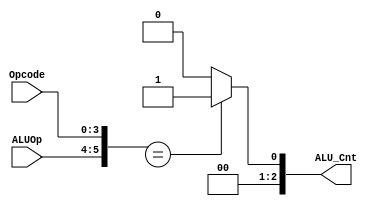
module alu_control(
    output reg [2:0] ALU_Cnt,
    input [1:0] ALUOp,
    input [3:0] Opcode
);
    wire [5:0] ALUControlIn;
    assign ALUControlIn = {ALUOp, Opcode};

    always @(ALUControlIn) begin
        case(ALUControlIn)
            6'b10xxxx: ALU_Cnt = 3'b000; // Add
            6'b01xxxx: ALU_Cnt = 3'b001; // Subtract
            // Add more cases for other ALU operations
            // ...
            default: ALU_Cnt = 3'b000; // Default to some operation
        endcase
    end

endmodule